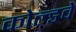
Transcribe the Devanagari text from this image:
कोल्डवे